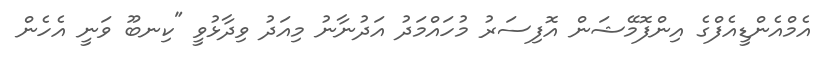
އެމްއެންޑީއެފްގެ އިންފޮމޭޝަން އޮފިސަރު މުހައްމަދު އަދުނާނު މިއަދު ވިދާޅުވީ "ކިނބޫ ވަނީ އެހެން